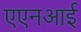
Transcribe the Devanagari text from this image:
एएनआई